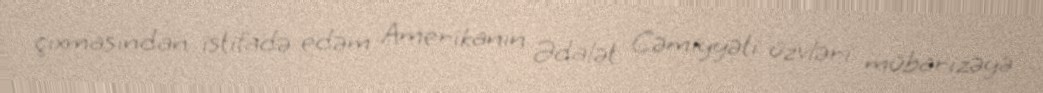
çıxmasından istifadə edəm Amerikanın Ədalət Cəmiyyəti üzvləri mübarizəyə